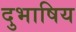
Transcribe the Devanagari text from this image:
दुभाषिय